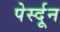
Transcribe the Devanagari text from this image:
पेर्स्दून